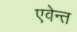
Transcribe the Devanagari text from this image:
एवेन्त